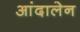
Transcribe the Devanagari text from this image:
आंदालेन